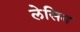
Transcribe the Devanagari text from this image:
लेसिन